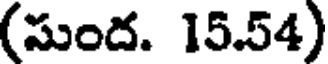
(సుంద. 15.54)